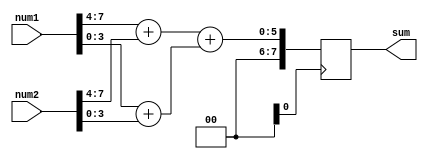
module fixed_point_adder (
  input wire [7:0] num1,
  input wire [7:0] num2,
  output reg [7:0] sum
);

reg [7:0] intermediate_result1;
reg [7:0] intermediate_result2;
reg [7:0] intermediate_result3;

assign intermediate_result1 = num1[7:4] + num2[7:4];
assign intermediate_result2 = num1[3:0] + num2[3:0];
assign intermediate_result3 = intermediate_result1 + intermediate_result2;

always @ (posedge clk) begin
  sum <= intermediate_result3;
end

endmodule